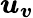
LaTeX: \boldsymbol{u}_{\boldsymbol{v}}